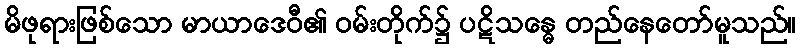
မိဖုရားဖြစ်သော မာယာဒေဝီ၏ ဝမ်းတိုက်၌ ပဋိသန္ဓေ တည်နေတော်မူသည်။